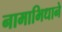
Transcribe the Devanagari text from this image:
नामाभिधाने